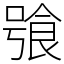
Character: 飸